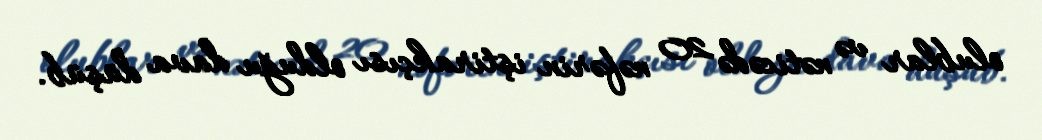
olublar və nəticədə 20 nəfərin iştirakçısı olduğu dava düşüb.